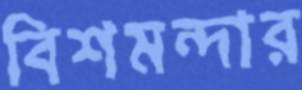
বিশমন্দার